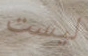
ليست